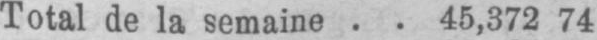
Total de la semaine .. 45,372 74